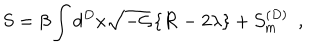
LaTeX: S = \beta \int d ^ { D } x \sqrt { - { \cal { G } } } \left\{ { \cal { R } } - 2 \lambda \right\} + { \cal { S } } _ { \mathrm { { m } } } ^ { ( D ) } \, \, \, ,